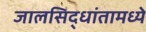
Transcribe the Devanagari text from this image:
जालसिद्धांतामध्ये